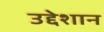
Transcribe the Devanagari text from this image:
उद्देशान